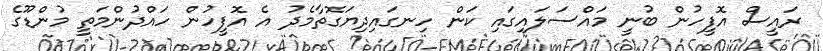
ރައީސް އޮފީހުން ބުނީ މައްސަލައިގައި ކަން ހިނގައިދިޔަގޮތާމެދު އެ އޮފީހުން ހައްދުންމަތީ މުންޑޫގެ